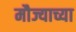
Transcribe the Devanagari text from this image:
मौज्याच्या